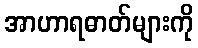
အာဟာရဓာတ်များကို